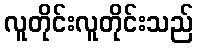
လူတိုင်းလူတိုင်းသည်